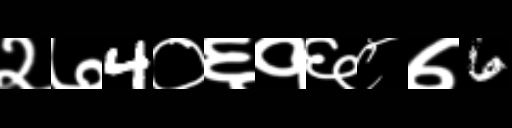
Text: २७4०६१६८७6